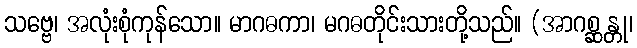
သဗ္ဗေ၊ အလုံးစုံကုန်သော။ မာဂဓကာ၊ မဂဓတိုင်းသားတို့သည်။ (အာဂစ္ဆန္တု၊